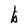
Character: b